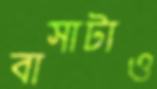
বাসাটাও